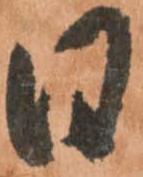
日